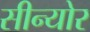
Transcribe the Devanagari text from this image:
सीन्योर